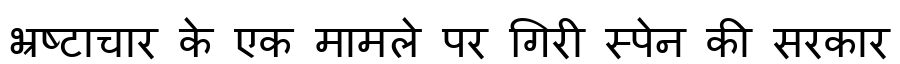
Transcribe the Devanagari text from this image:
भ्रष्टाचार के एक मामले पर गिरी स्पेन की सरकार